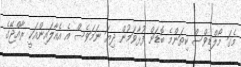
މެގަ މޯލްޑިވްސް ކިތަންމެ ބޮޑަށް ފުޅާވަމުން ދިޔަ ނަމަވެސް އެ އެއާލައިންއަކީ ރާއްޖޭގެ